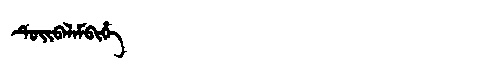
Manchu: ᡨᡠᡳᠪᠠᠯᠠᠮᠪᡳᡥᡝ
Romanization: TUIBALAMBIHE